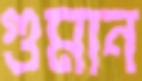
গুমান